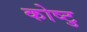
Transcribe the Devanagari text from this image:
कोष्टु